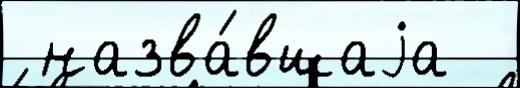
 назва́вшаjа